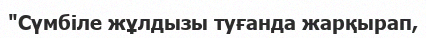
"Сүмбіле жұлдызы туғанда жарқырап,